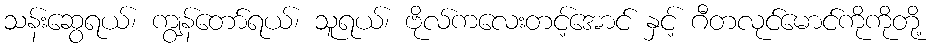
သန်းဆွေရယ်၊ ကျွန်တော်ရယ်၊ သူရယ်၊ ဗိုလ်ကလေးတင့်အောင် နှင့် ဂီတလုင်မောင်ကိုကိုတို့